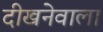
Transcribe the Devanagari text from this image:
दीखनेवाला